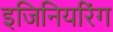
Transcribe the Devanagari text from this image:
इजिनियरिंग